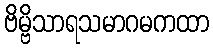
ဗိမ္ဗိသာရသမာဂမကထာ